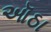
ઑઠા